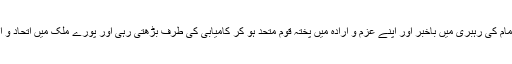
حکومت کا خیال تھا کہ اس طریقہ کار سے اپنی حکومت کو گرنے سے بچائے گی لیکن امام کی رہبری میں باخبر اور اپنے عزم و ارادہ میں پختہ قوم متحد ہو کر کامیابی کی طرف بڑھتی رہی اور پورے ملک میں اتحاد و اتفاق کا پرچم لہرا کر شاہی ظالم و جابر حکومت کو جڑ سے اکھاڑ پھینکنے پر تیار ہوگئی۔